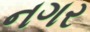
નગર